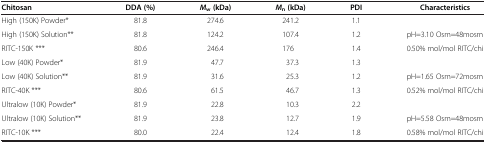
| Chitosan | DDA (%) | Mw (kDa) | Mn (kDa) | PDI | Characteristics |
 | --- | --- | --- | --- | --- | --- |
 | High (150K) Powder* | 81.8 | 274.6 | 241.2 | 1.1 |  |
 | High (150K) Solution** | 81.8 | 124.2 | 107.4 | 1.2 | pH=3.10 Osm=48mosm |
 | RITC-150K *** | 80.6 | 246.4 | 176 | 1.4 | 0.50% mol/mol RITC/chi |
 | Low (40K) Powder* | 81.9 | 47.7 | 37.3 | 1.3 |  |
 | Low (40K) Solution** | 81.9 | 31.6 | 25.3 | 1.2 | pH=1.65 Osm=72mosm |
 | RITC-40K *** | 80.6 | 61.5 | 46.7 | 1.3 | 0.52% mol/mol RITC/chi |
 | Ultralow (10K) Powder* | 81.9 | 22.8 | 10.3 | 2.2 |  |
 | Ultralow (10K) Solution** | 81.9 | 23.8 | 12.7 | 1.9 | pH=5.58 Osm=48mosm |
 | RITC-10K *** | 80.0 | 22.4 | 12.4 | 1.8 | 0.58% mol/mol RITC/chi |